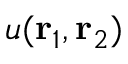
u ( { \mathbf { r } _ { 1 } } , { \mathbf { r } _ { 2 } } )